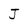
Character: J